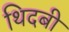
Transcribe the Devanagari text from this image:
थिदबी